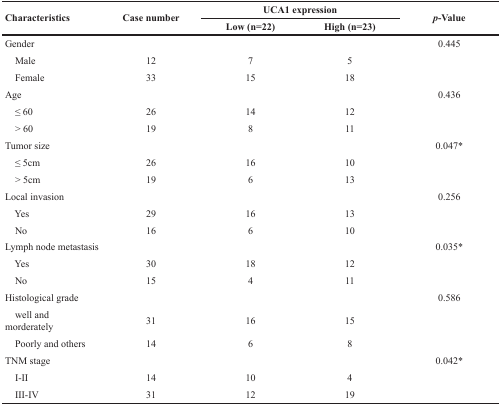
<table><thead><tr><td rowspan="2"><b>Characteristics</b></td><td rowspan="2"><b>Case number</b></td><td colspan="2"><b>UCA1 expression</b></td><td rowspan="2"><b><i>p</i>-Value</b></td></tr><tr><td><b>Low (n=22)</b></td><td><b>High (n=23)</b></td></tr></thead><tbody><tr><td>Gender</td><td></td><td></td><td></td><td>0.445</td></tr><tr><td> Male</td><td>12</td><td>7</td><td>5</td><td></td></tr><tr><td> Female</td><td>33</td><td>15</td><td>18</td><td></td></tr><tr><td>Age</td><td></td><td></td><td></td><td>0.436</td></tr><tr><td> ≤ 60</td><td>26</td><td>14</td><td>12</td><td></td></tr><tr><td> &gt; 60</td><td>19</td><td>8</td><td>11</td><td></td></tr><tr><td>Tumor size</td><td></td><td></td><td></td><td>0.047*</td></tr><tr><td> ≤ 5cm</td><td>26</td><td>16</td><td>10</td><td></td></tr><tr><td> &gt; 5cm</td><td>19</td><td>6</td><td>13</td><td></td></tr><tr><td>Local invasion</td><td></td><td></td><td></td><td>0.256</td></tr><tr><td> Yes</td><td>29</td><td>16</td><td>13</td><td></td></tr><tr><td> No</td><td>16</td><td>6</td><td>10</td><td></td></tr><tr><td>Lymph node metastasis</td><td></td><td></td><td></td><td>0.035*</td></tr><tr><td> Yes</td><td>30</td><td>18</td><td>12</td><td></td></tr><tr><td> No</td><td>15</td><td>4</td><td>11</td><td></td></tr><tr><td>Histological grade</td><td></td><td></td><td></td><td>0.586</td></tr><tr><td> well and morderately</td><td>31</td><td>16</td><td>15</td><td></td></tr><tr><td> Poorly and others</td><td>14</td><td>6</td><td>8</td><td></td></tr><tr><td>TNM stage</td><td></td><td></td><td></td><td>0.042*</td></tr><tr><td> I-II</td><td>14</td><td>10</td><td>4</td><td></td></tr><tr><td> III-IV</td><td>31</td><td>12</td><td>19</td><td></td></tr></tbody></table>